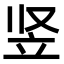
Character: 竖